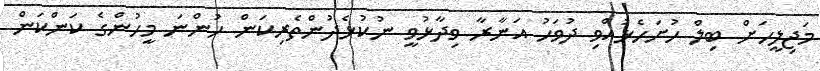
މަޖިލީހަށް ބިލް ހުށަހެޅުއްވި ދުވަހު އަނާރާ ވިދާޅުވީ ނުކުޅެދުންތެރިކަން ހުންނަ މީހުންގެ ކަންކަން